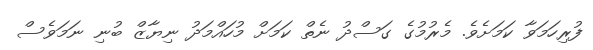
ފުރިހަމަވާ ކަމަށެވެ. މެރުމުގެ ގަސްދު ނެތް ކަމަށް މުހައްމަދު ނިޔާޒް ބުނި ނަމަވެސް